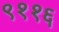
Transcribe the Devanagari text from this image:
९११६